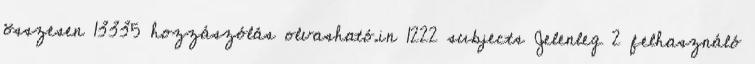
összesen 13335 hozzászólás olvasható.in 1222 subjects Jelenleg 2 felhasználó